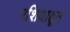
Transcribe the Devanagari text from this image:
रशियाहून